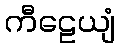
ကီဠေယျံ